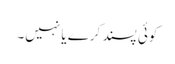
کوئی پسند کرے یا نہیں۔